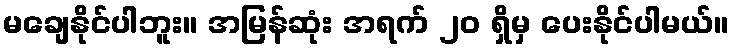
မချေနိုင်ပါဘူး။ အမြန်ဆုံး အရက် ၂၀ ရှိမှ ပေးနိုင်ပါမယ်။